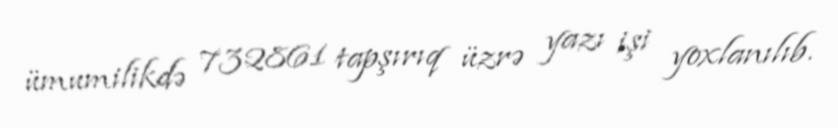
ümumilikdə 732861 tapşırıq üzrə yazı işi yoxlanılıb.